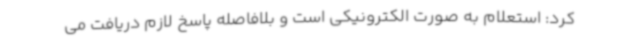
کرد: استعلام به صورت الکترونیکی است و بلافاصله پاسخ لازم دریافت می